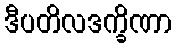
ဒီပတိလဒက္ခိဏာ